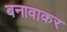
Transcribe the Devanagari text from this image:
बनावाकर